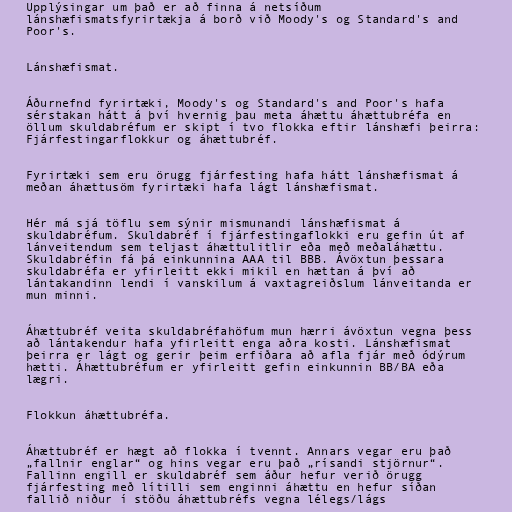
Upplýsingar um það er að finna á netsíðum
lánshæfismatsfyrirtækja á borð við Moody's og Standard's and
Poor's.

Lánshæfismat.

Áðurnefnd fyrirtæki, Moody's og Standard's and Poor's hafa
sérstakan hátt á því hvernig þau meta áhættu áhættubréfa en
öllum skuldabréfum er skipt í tvo flokka eftir lánshæfi þeirra:
Fjárfestingarflokkur og áhættubréf.

Fyrirtæki sem eru örugg fjárfesting hafa hátt lánshæfismat á
meðan áhættusöm fyrirtæki hafa lágt lánshæfismat.

Hér má sjá töflu sem sýnir mismunandi lánshæfismat á
skuldabréfum. Skuldabréf í fjárfestingaflokki eru gefin út af
lánveitendum sem teljast áhættulitlir eða með meðaláhættu.
Skuldabréfin fá þá einkunnina AAA til BBB. Ávöxtun þessara
skuldabréfa er yfirleitt ekki mikil en hættan á því að
lántakandinn lendi í vanskilum á vaxtagreiðslum lánveitanda er
mun minni.

Áhættubréf veita skuldabréfahöfum mun hærri ávöxtun vegna þess
að lántakendur hafa yfirleitt enga aðra kosti. Lánshæfismat
þeirra er lágt og gerir þeim erfiðara að afla fjár með ódýrum
hætti. Áhættubréfum er yfirleitt gefin einkunnin BB/BA eða
lægri.

Flokkun áhættubréfa.

Áhættubréf er hægt að flokka í tvennt. Annars vegar eru það
„fallnir englar“ og hins vegar eru það „rísandi stjörnur“.
Fallinn engill er skuldabréf sem áður hefur verið örugg
fjárfesting með lítilli sem enginni áhættu en hefur síðan
fallið niður í stöðu áhættubréfs vegna lélegs/lágs